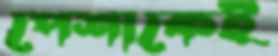
পেশাকেই